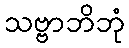
သဗ္ဗာဘိဘုံ